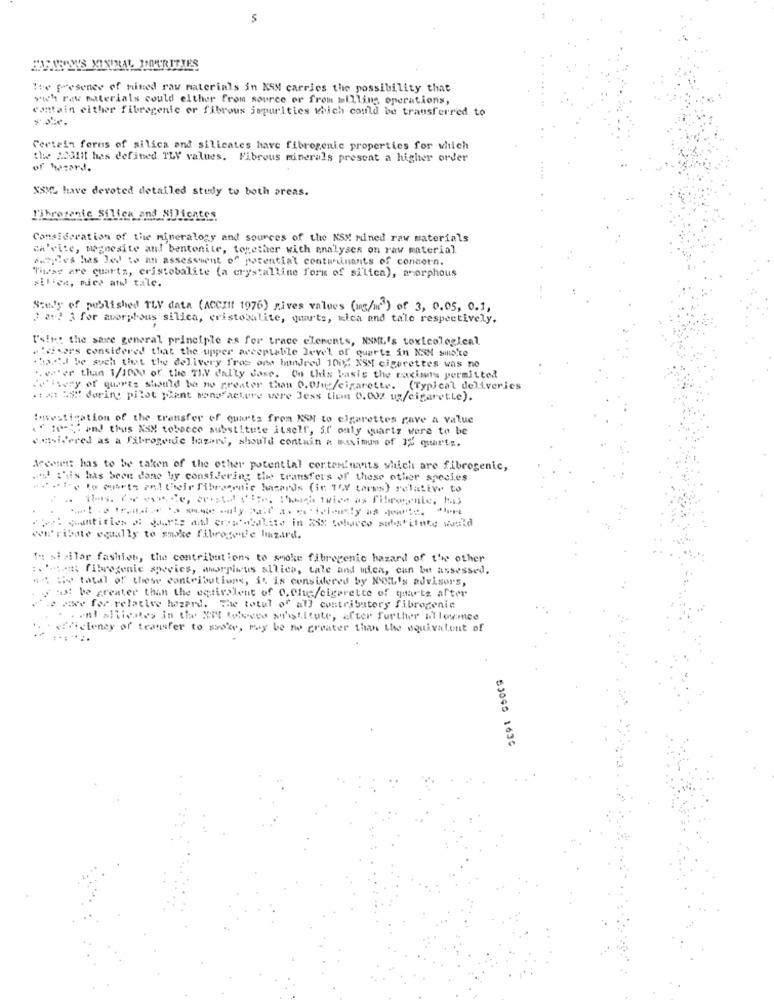
5
MUARSYS MINRAL IMPURITIES
The presence of nimed raw materials in ASM carries the possibility that
"wh raw materials could elthor from source or from milling operations,
contain either fibregenic er fibrous impurities which could be transferred to
Certein forms of silica and silicates have fibrogenic properties for which
the #2311 has defined TLV values. Fibrous minerals present a higher order
of hazard.
XSML have devoted detailed study to both areas.
Fibrezanie Silica and Silicates
Consideration of the mineralogy and sources of the KSM Mined raw materials
ch'eite, magnesite and bentonite, together with analyses on raw material
apples has Jed to an assessment of potential contadinants of concern.
These are cuarta, cristobalite (a crystalline form of silica), avorphous
Staly of published TLV data (ACCIIt 1976) gives values (ng/ml) of 3, 0.05, 0.1,
2 2+2 3 for amorphous silica, cristobalite, quarts, kica and tale respectively.
I'sim: the saire general principle es for trace elements, NSML's toxicological
. tvisors considered that the upper acceptable level of quartz in NSN smoke
Charid be such that the delivery free one hundred 100% XSM cigarettes was no
.ever than 1/1000 of the TIV daily Jose. On this basis the racismis permitted
"'Isery of quarts should be no greater than O.Why/cigarette.
(Typical deliveries
.txt MS" during pilot plant songfacture were Jess tien 0.002 us/cigaret.Le).
:avestigation of the transfer of quarts from KSM to elgarettes gave a value
." 10-%' and thus NSM tobacco substitute itself, if only quartz were to be
considered as a fatrogerde hazard, should contain a maximum of 32 quartz.
Accent: has to be taken of the other potential corteminants which are fibrogenic,
." ""is has been done by considering the transfers of these other species
'y lo quarts an! their fibraemnic hasards (ir 16V tarms) relative to
www'ribate equally to smoke fibrotonie hazard.
to similar fashion, the contributions to smoke fibrogenic hazard of the other
:. '.tent fibrogenic species, amorpiwus allies, tale and mica, can be assessed.
#: Ew total of these contributions, it is considered by NYXL's advisors,
just be greater than the entirelent of C.Che/cigerette of quarts after
... . we fer relative hazard. The total of all contribatory fibrogenic
.onl aitivates in the MIS televes sh'ititute, after further allowmee
efficiency of transfer to siste, may be no greater than the equivalent of
53045 1635